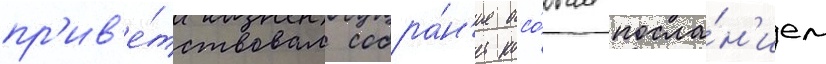
пр'ив'е́тствовал собра́н'ие осо́бым посла́н'ием